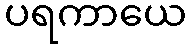
ပရကာယေ